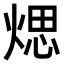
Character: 𤋘